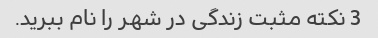
3 نکته مثبت زندگی در شهر را نام ببرید.